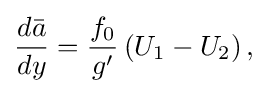
{\begin{aligned}{\frac {d{\bar {a}}}{dy}}={\frac {f_{0}}{g'}}\left(U_{1}-U_{2}\right),\end{aligned}}